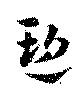
遡